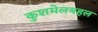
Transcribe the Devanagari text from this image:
कुशमेलबहल